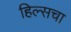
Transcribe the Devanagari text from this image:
हिल्सचा